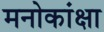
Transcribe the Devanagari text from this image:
मनोकांक्षा